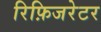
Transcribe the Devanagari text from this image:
रिफ़िजरेटर